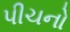
પીચનો